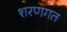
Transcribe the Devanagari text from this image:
शरणगत